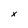
Character: x